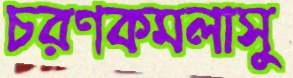
চরণকমলাসু